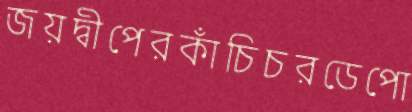
জয়দ্বীপেরকাঁচিচরডেপো